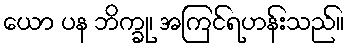
ယော ပန ဘိက္ခု၊ အကြင်ရဟန်းသည်။